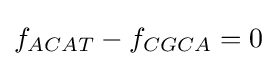
f_{ACAT}-f_{CGCA}=0